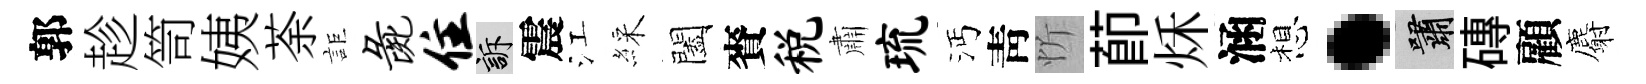
郭趁笥姨荼詎彘住訴震江綵闔賚税肅琉沔靑忻莭秌涵想·嘯磚顧麝